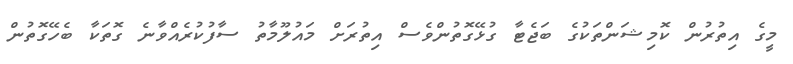
މީގެ އިތުރުން ކޮމިޝަންތަކުގެ ބަޖެޓާ ގުޅޭގޮތުންވެސް އިތުރަށް މައުލޫމާތު ސާފުކުރެއްވާނެ ގޮތަކާ ބެހޭގޮތުން